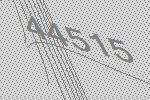
44515